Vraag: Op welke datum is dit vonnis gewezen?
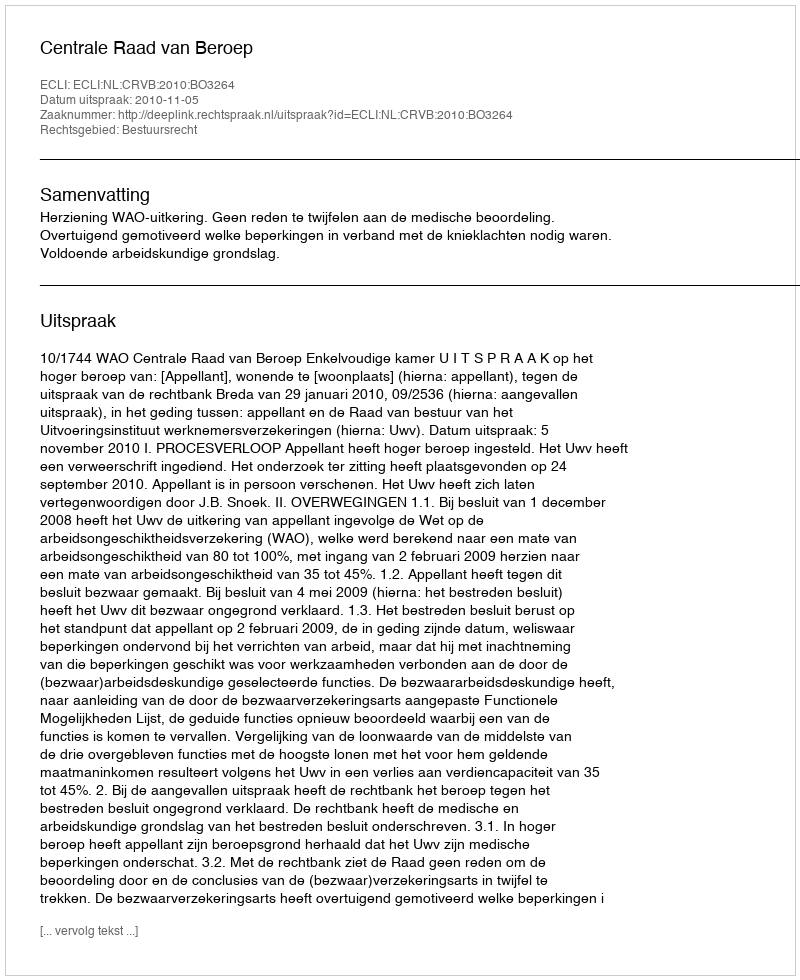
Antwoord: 2010-11-05